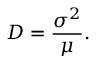
D = { \frac { \sigma ^ { 2 } } { \mu } } .